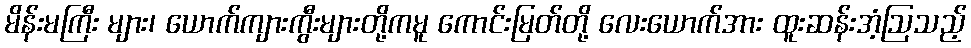
မိန်းမကြီး များ၊ ယောက်ကျားကွီးများတို့ကမူ ကောင်းမြတ်တို့ လေးယောက်အား ထူးဆန်းအံ့ဩသည့်